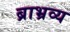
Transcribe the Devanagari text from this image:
ब्राभ्रव्य